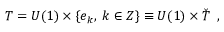
T = U ( 1 ) \times \{ e _ { k } , \; k \in Z \} \equiv U ( 1 ) \times \check { T } \; \; ,